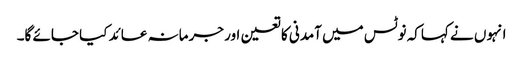
انہوں نے کہاکہ نوٹس میں آمدنی کا تعین اور جرمانہ عائد کیا جائے گا۔